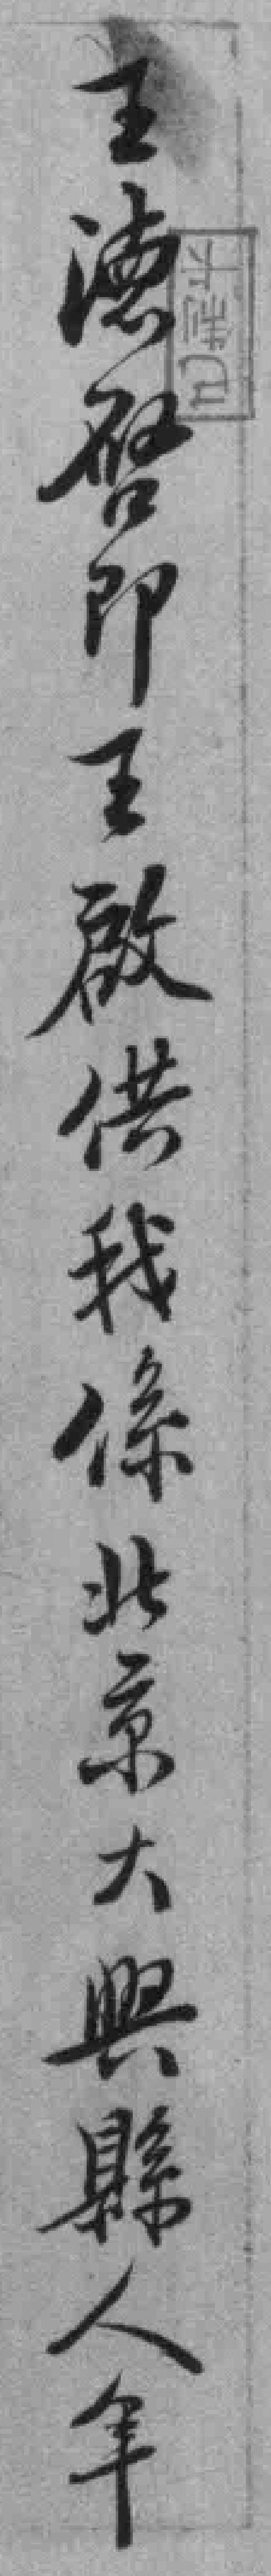
王德唘即王啟供我係北京大興縣人年